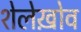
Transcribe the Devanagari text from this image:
शेलेख़ोव